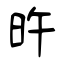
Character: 旿